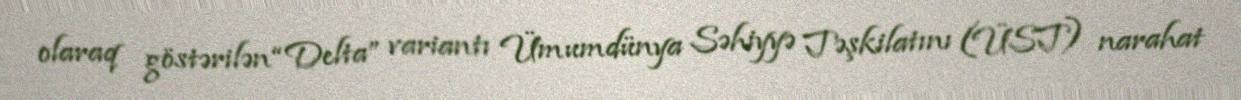
olaraq göstərilən “Delta” variantı Ümumdünya Səhiyyə Təşkilatını (ÜST) narahat